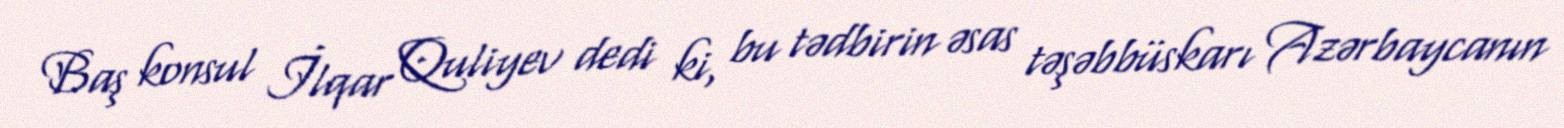
Baş konsul İlqar Quliyev dedi ki, bu tədbirin əsas təşəbbüskarı Azərbaycanın